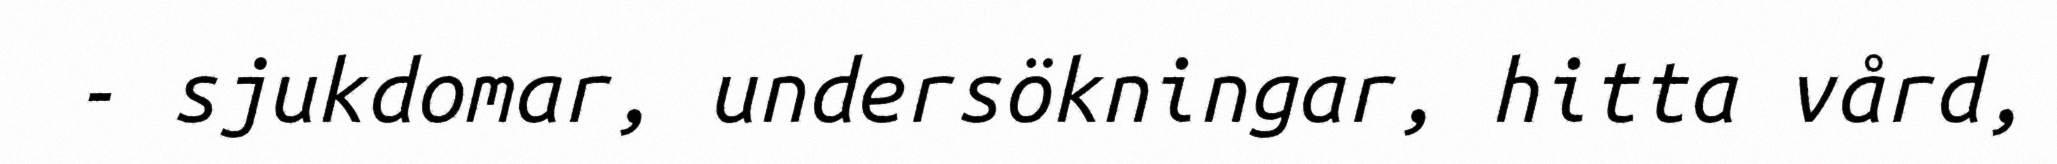
- sjukdomar, undersökningar, hitta vård,